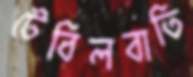
টেবিলবাতি